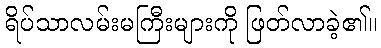
ရိပ်သာလမ်းမကြီးများကို ဖြတ်လာခဲ့၏။